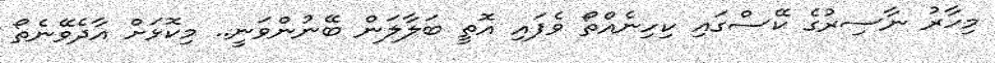
މިހާރު ނާސިރުގެ ކޭސްގައި ކިހިނެއްތޯ ވެފައި އޮތީ ބަލާލަން ބޭނުންވަނީ.. މިކޮޅަށް އާދެވޭނެތޯ